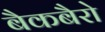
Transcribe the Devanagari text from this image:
बैकबैरो